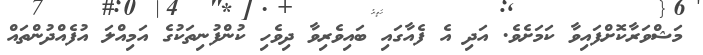
މަޝްވަރާކޮށްފައިވާ ކަމަށެވެ. އަދި އެ ފެއާގައި ބައިވެރިވާ ދިވެހި ކުންފުނިތަކުގެ އަމިއްލަ އުފެއްދުންތައް